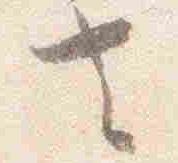
去